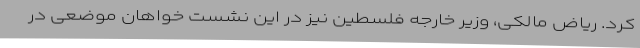
کرد. ریاض مالکی، وزیر خارجه فلسطین نیز در این نشست خواهان موضعی در